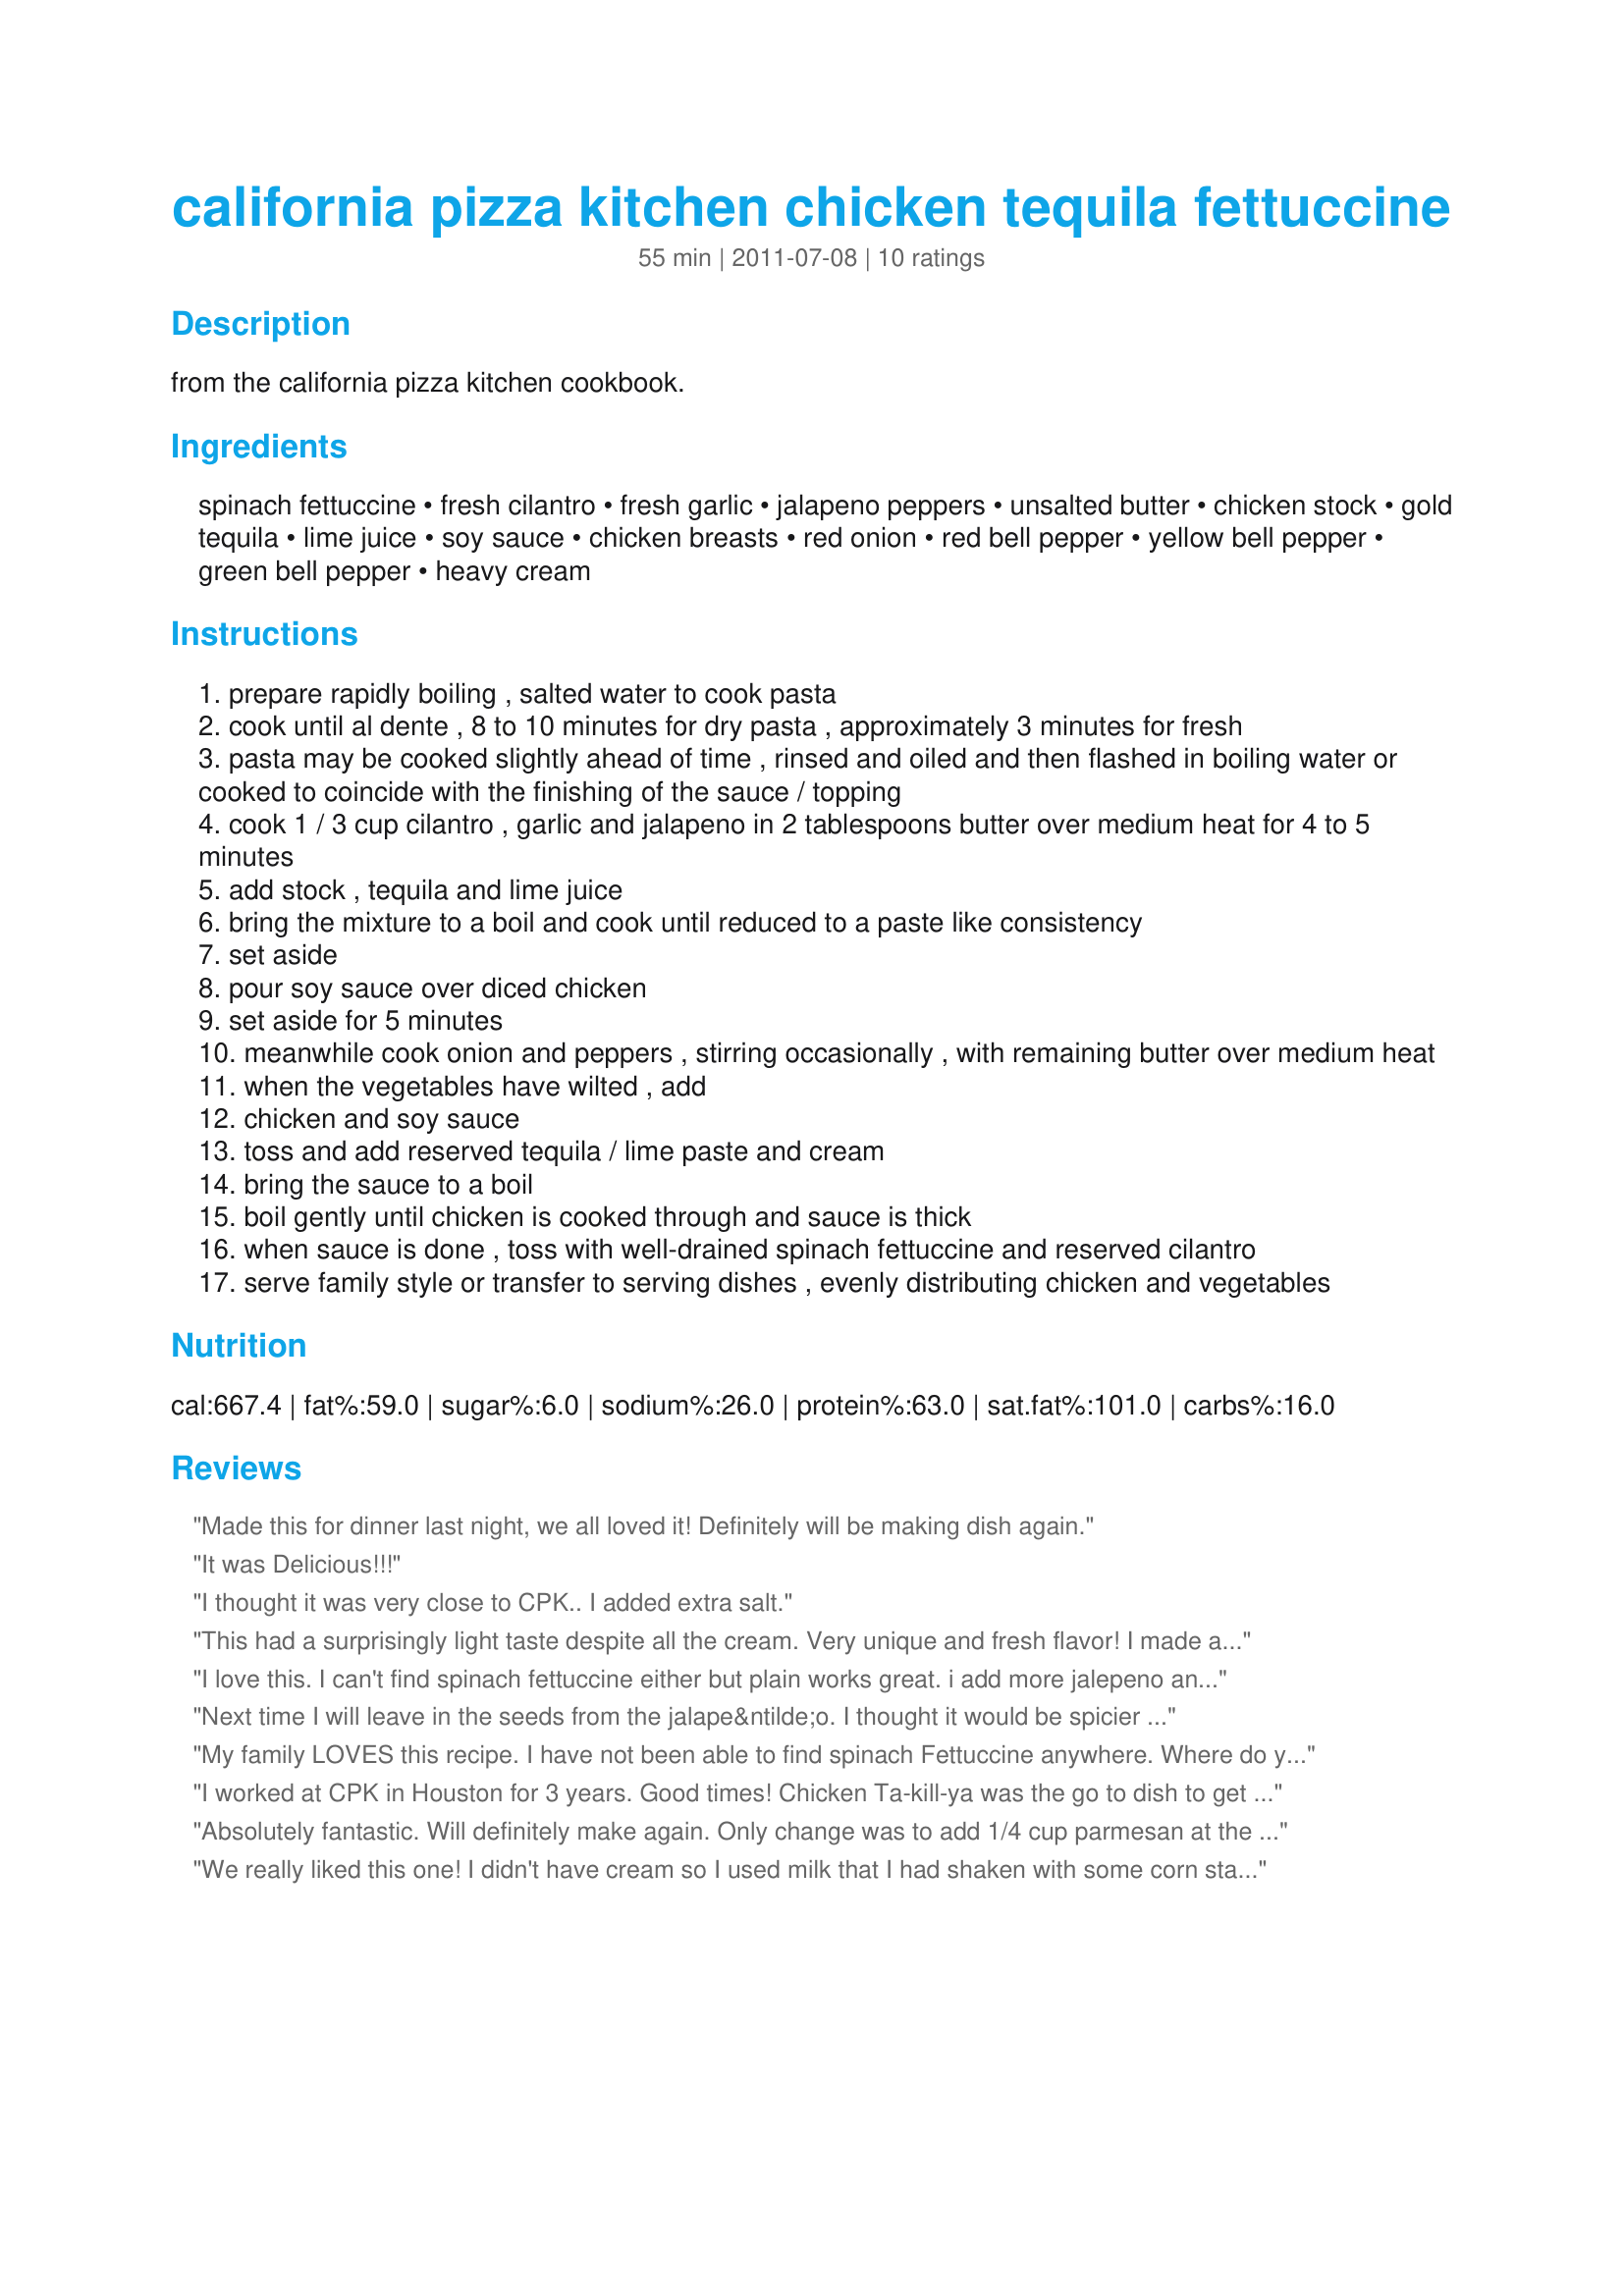
california pizza kitchen chicken tequila fettuccine
Preparation time: 55 minutes

from the california pizza kitchen cookbook.

Ingredients:
spinach fettuccine, fresh cilantro, fresh garlic, jalapeno peppers, unsalted butter, chicken stock, gold tequila, lime juice, soy sauce, chicken breasts, red onion, red bell pepper, yellow bell pepper, green bell pepper, heavy cream

Steps:
prepare rapidly boiling , salted water to cook pasta
cook until al dente , 8 to 10 minutes for dry pasta , approximately 3 minutes for fresh
pasta may be cooked slightly ahead of time , rinsed and oiled and then flashed in boiling water or cooked to coincide with the finishing of the sauce / topping
cook 1 / 3 cup cilantro , garlic and jalapeno in 2 tablespoons butter over medium heat for 4 to 5 minutes
add stock , tequila and lime juice
bring the mixture to a boil and cook until reduced to a paste like consistency
set aside
pour soy sauce over diced chicken
set aside for 5 minutes
meanwhile cook onion and peppers , stirring occasionally , with remaining butter over medium heat
when the vegetables have wilted , add
chicken and soy sauce
toss and add reserved tequila / lime paste and cream
bring the sauce to a boil
boil gently until chicken is cooked through and sauce is thick
when sauce is done , toss with well-drained spinach fettuccine and reserved cilantro
serve family style or transfer to serving dishes , evenly distributing chicken and vegetables

Reviews:
Made this for dinner last night, we all loved it! Definitely will be making dish again.
It was Delicious!!!
I thought it was very close to CPK.. I added extra salt.
This had a surprisingly light taste despite all the cream. Very unique and fresh flavor! I made a few changes (omitted chicken and added a few other veggies) but it was still spot on! Definitely recommend this as a substitute for plain ol' marinara.
I love this. I can't find spinach fettuccine either but plain works great. i add more jalepeno and use boneless skinless chicken thighs cut in small pieces . yum o !
Next time I will leave in the seeds from the jalape&ntilde;o. I thought it would be spicier as I made half a recipe and used a very large jalape&ntilde;o. Easy to do and was good.
My family LOVES this recipe. I have not been able to find spinach Fettuccine anywhere. Where do you guys find it?
I worked at CPK in Houston for 3 years. Good times! Chicken Ta-kill-ya was the go to dish to get me through the weekend double shifts. This recipe tastes EXACTLY the same as the original. It does take time and good prep to get it all cooked but the results are worth it. Some interesting things about CPK's dish, it used regular fettuccine noodles that have green dye. They were not spinach flavored. There were no jalapeno peppers in any CPK dish. Serrano peppers were used in Chicken Tequila.
Absolutely fantastic. Will definitely make again. Only change was to add 1/4 cup parmesan at the end because it didn&#039;t seem to be thickening.
We really liked this one! I didn't have cream so I used milk that I had shaken with some corn starch. I also used a whole chicken breast that I had smoked. To keep it from drying out, I added it with the pasta at the end. This recipe could benefit from some sour cream and or cheese but definitely doesn't need it. Thanks Q & A's mom for a keeper!
